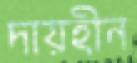
দায়হীন